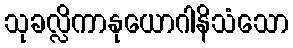
သုခလ္လိကာနုယောဂါနိသံသော